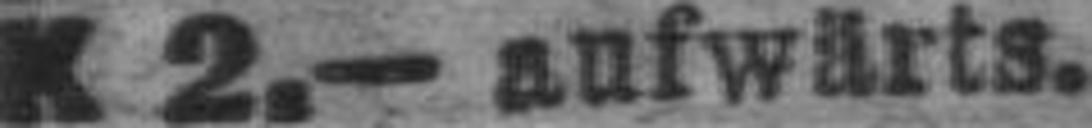
K 2.— aufwärts.